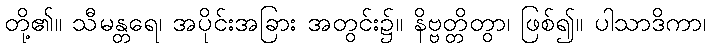
တို့၏။ သီမန္တရေ၊ အပိုင်းအခြား အတွင်း၌။ နိဗ္ဗတ္တိတွာ၊ ဖြစ်၍။ ပါသာဒိကာ၊